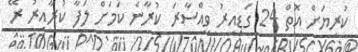
ކުރިޔަށް އޮތް 24 ގަޑިއިރު ވިއްސާރަ ކުރާނެ ކަމަށް ލަފާ ކުރާއިރު ރޭ